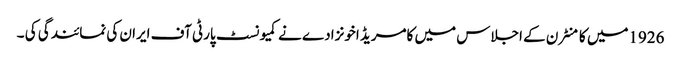
1926میں کامنٹرن کے اجلاس میں کامریڈ اخونزادے نے کمیونسٹ پارٹی آف ایران کی نمائندگی کی ۔